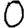
Digit: 0